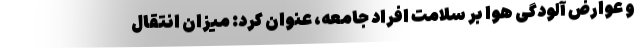
و عوارض آلودگی هوا بر سلامت افراد جامعه، عنوان کرد: میزان انتقال